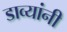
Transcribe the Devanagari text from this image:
डाव्यांनी